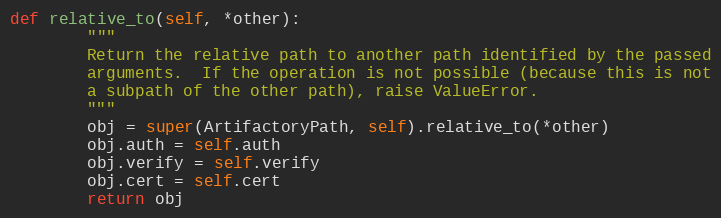
Language: Python
def relative_to(self, *other):
        """
        Return the relative path to another path identified by the passed
        arguments.  If the operation is not possible (because this is not
        a subpath of the other path), raise ValueError.
        """
        obj = super(ArtifactoryPath, self).relative_to(*other)
        obj.auth = self.auth
        obj.verify = self.verify
        obj.cert = self.cert
        return obj